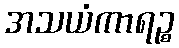
အသယံကာရဉ္စ